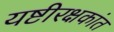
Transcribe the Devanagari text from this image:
यष्टीरक्षकांत